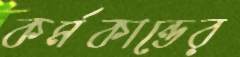
কর্মকান্ডের